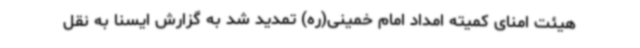
هیئت امنای کمیته امداد امام خمینی(ره) تمدید شد به گزارش ایسنا به نقل